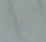
أهي